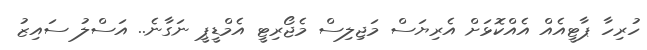
ހުރިހާ ޕާޓީއެއް އެއްކޮޅަށް އެރިޔަސް މަޖިލިސް މެޖޯރިޓީ އެމްޑީޕީ ނަގާނެ.. އަސްލު ސައިޒު